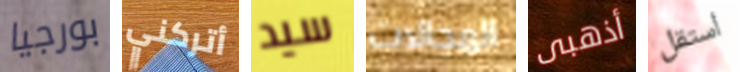
بورجيا أتركني سيد المجالات أذهبى أستقل